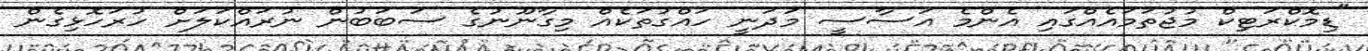
"ޑިމޮކްރަޓިކް މުޖުތަމައެއްގައި އެންމެ އަސާސީ މަދަނީ ހައްގުތަކެއް މިގާނޫނުގެ ސަބަބުން ނުރައްކަލަށް ހުރަހޮޅިގެން